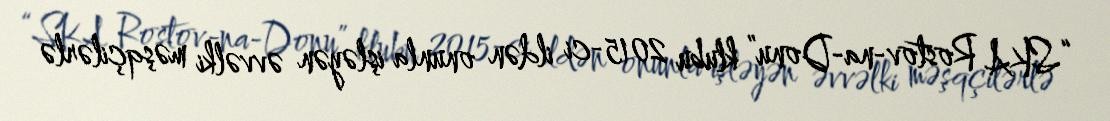
“SKA Rostov-na-Donu” klubu 2015-ci ildən onunla işləyən əvvəlki məşqçilərlə